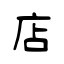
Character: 店